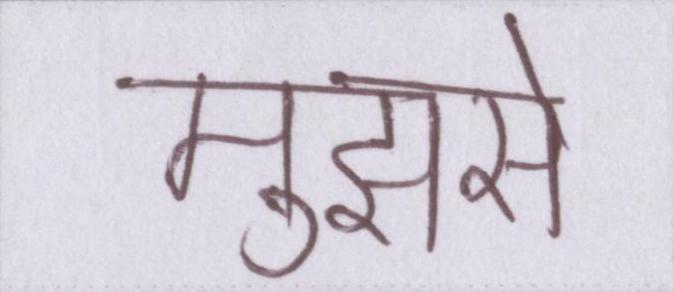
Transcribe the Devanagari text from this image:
मुझसे